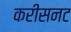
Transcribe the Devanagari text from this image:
करीसनट